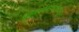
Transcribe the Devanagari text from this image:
धामणगावाजवळून